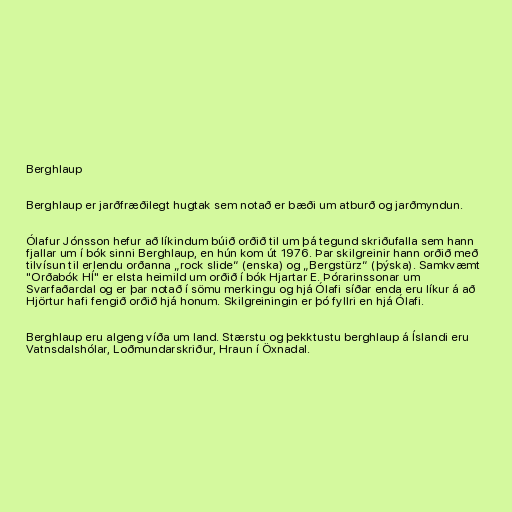
Berghlaup

Berghlaup er jarðfræðilegt hugtak sem notað er bæði um atburð og jarðmyndun.

Ólafur Jónsson hefur að líkindum búið orðið til um þá tegund skriðufalla sem hann
fjallar um í bók sinni Berghlaup, en hún kom út 1976. Þar skilgreinir hann orðið með
tilvísun til erlendu orðanna „rock slide“ (enska) og „Bergstürz“ (þýska). Samkvæmt
"Orðabók HÍ" er elsta heimild um orðið í bók Hjartar E. Þórarinssonar um
Svarfaðardal og er þar notað í sömu merkingu og hjá Ólafi síðar enda eru líkur á að
Hjörtur hafi fengið orðið hjá honum. Skilgreiningin er þó fyllri en hjá Ólafi.

Berghlaup eru algeng víða um land. Stærstu og þekktustu berghlaup á Íslandi eru
Vatnsdalshólar, Loðmundarskriður, Hraun í Öxnadal.